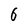
Character: 6